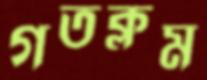
গতক্লম